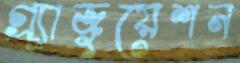
গ্র্যাজুয়েশন